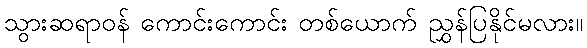
သွားဆရာဝန် ကောင်းကောင်း တစ်ယောက် ညွှန်ပြနိုင်မလား။